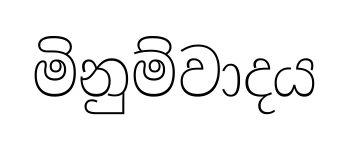
මිනුම්වාදය